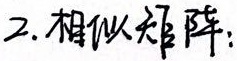
2. 相似矩阵：